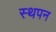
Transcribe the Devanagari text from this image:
स्थपन